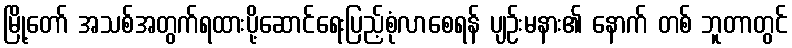
မြို့တော် အသစ်အတွက်ရထားပို့ဆောင်ရေးပြည့်စုံလာစေရန် ပျဉ်းမနား၏ နောက် တစ် ဘူတာတွင်